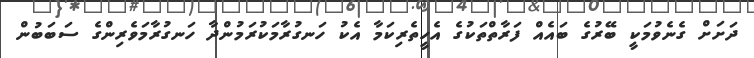
ދަށަށް ގެނެވުމަކީ ބޭރުގެ ބައެއް ފަރާތްތަކުގެ އެހީތެރިކަމާ އެކު ހަނގުރާމަކުރަމުންދާ ހަނގުރާމަވެރިންގެ ސަބަބުން